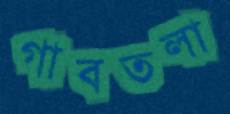
গাবতলা